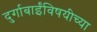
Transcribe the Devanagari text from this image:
दुर्गाबाईंविषयीच्या